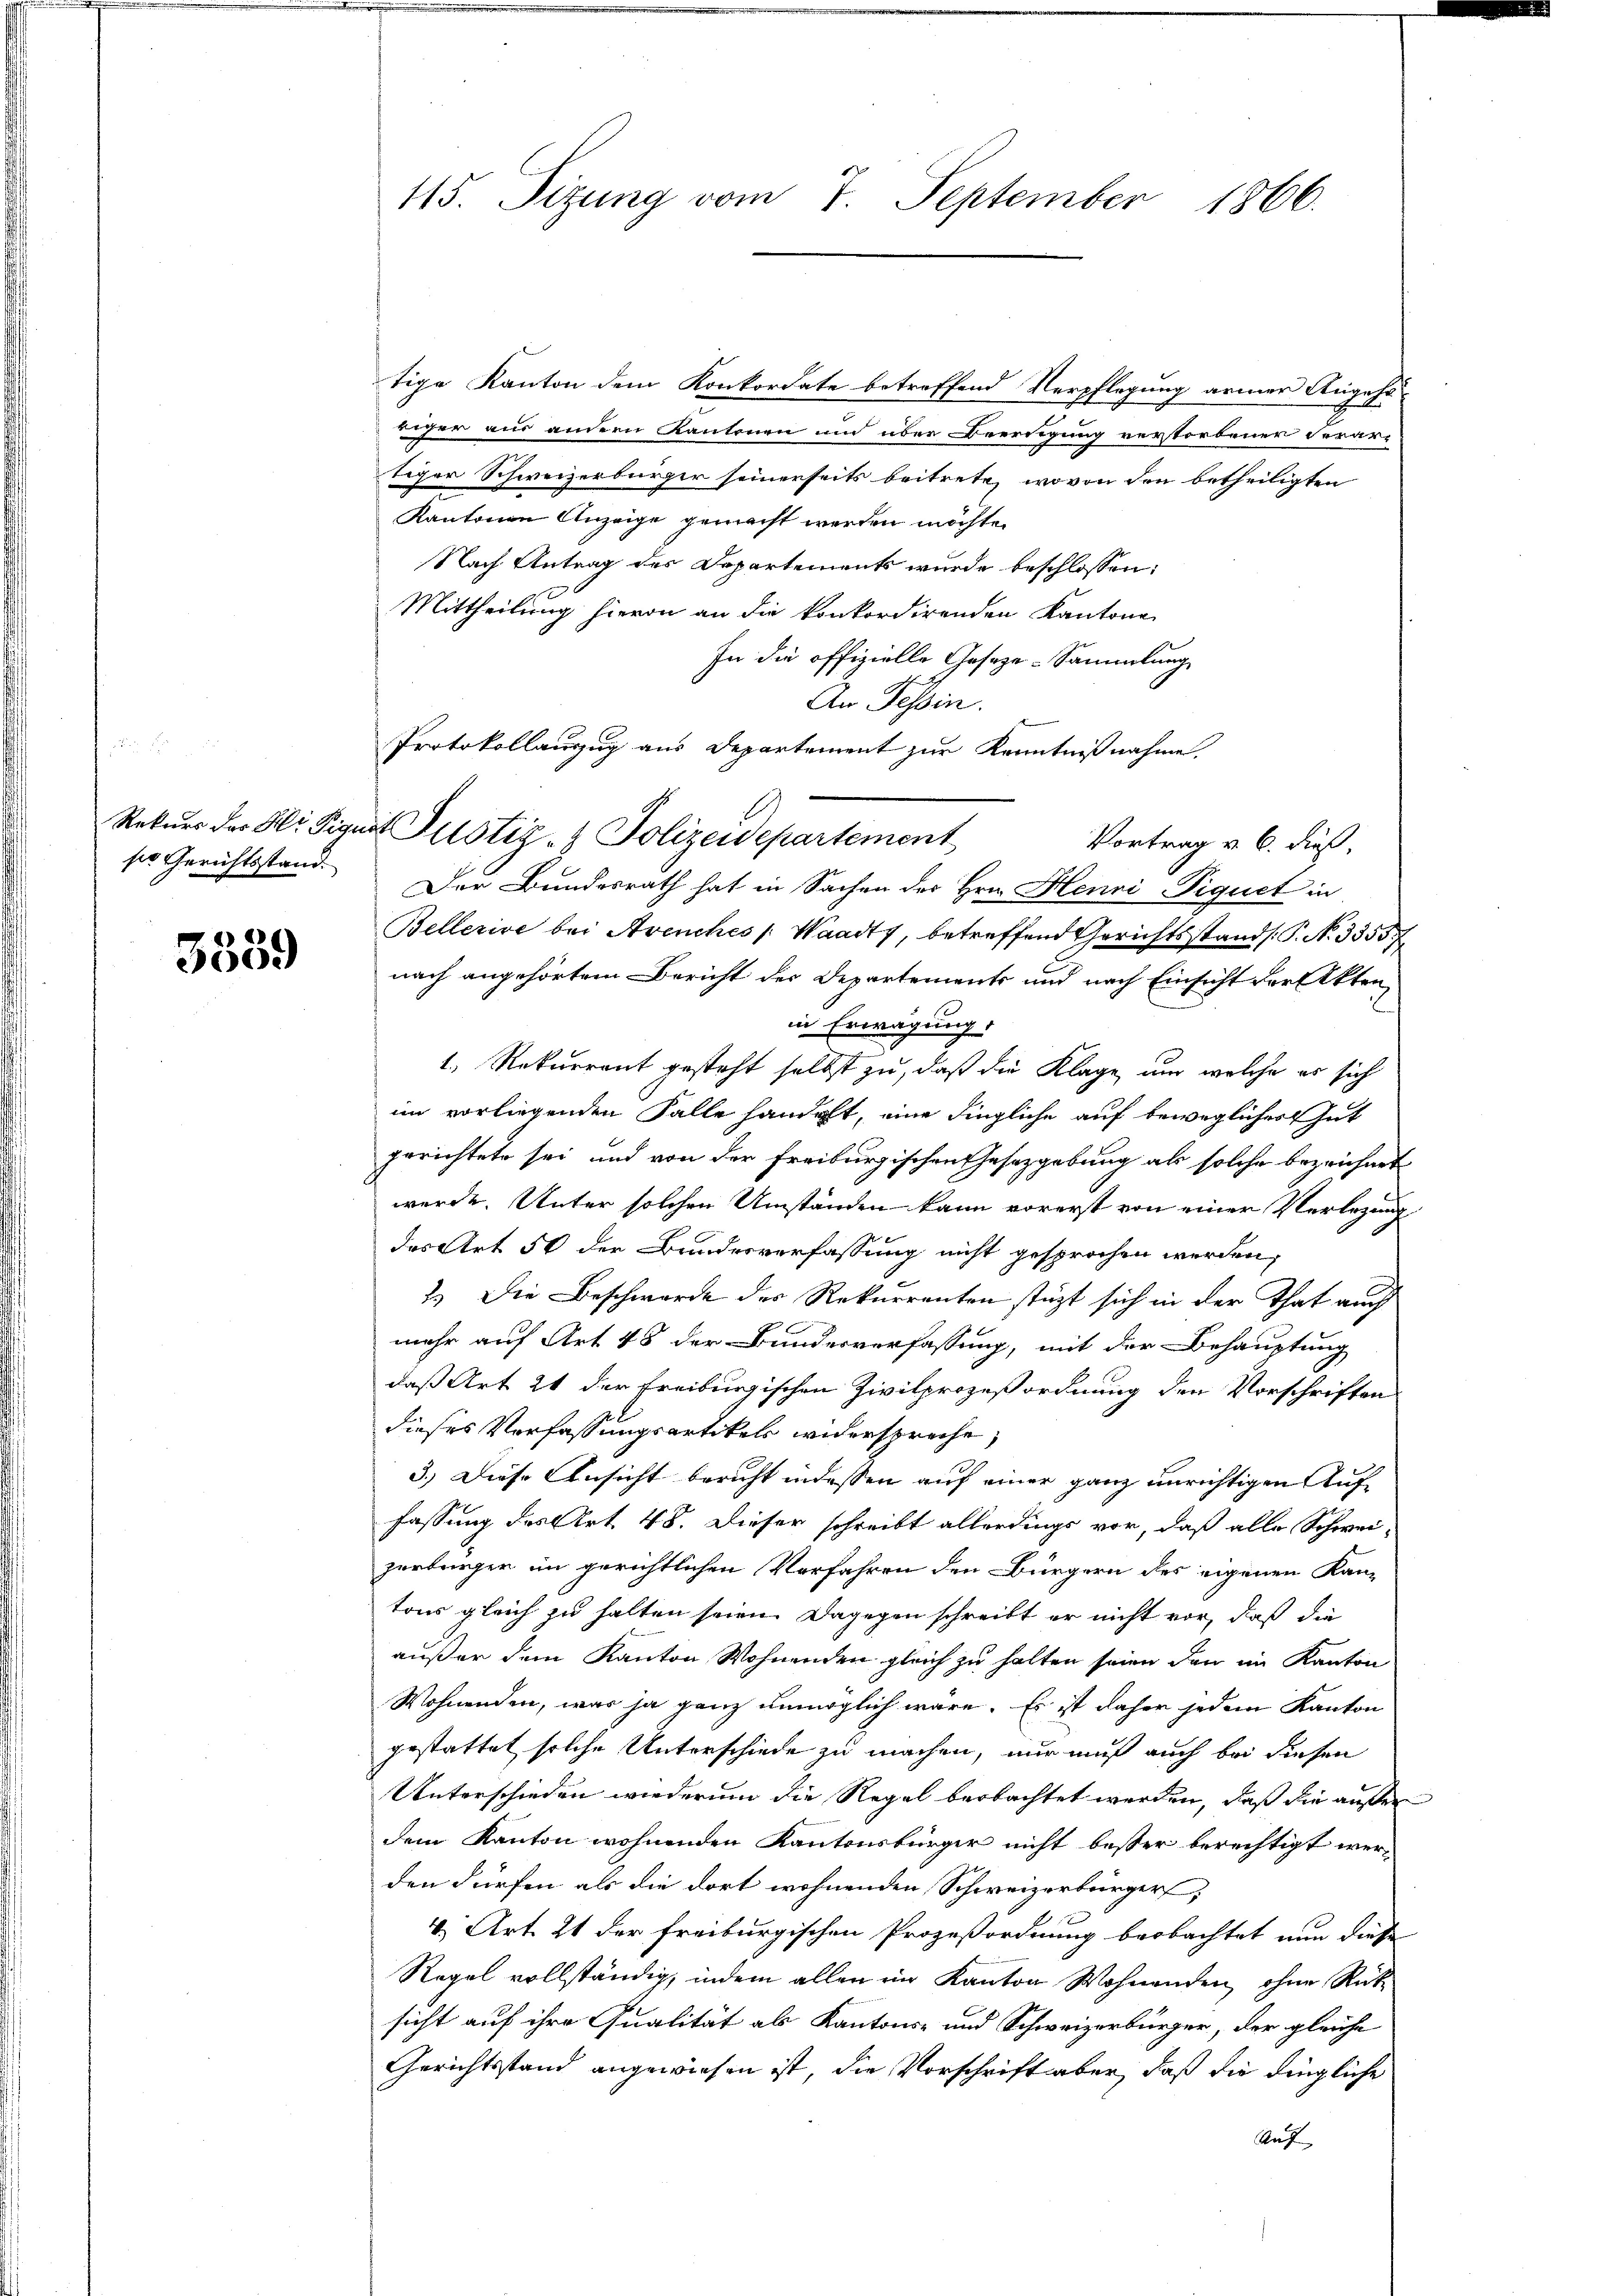
Rekurs der Hr. Figu
ser Gerichtsstand.

3539

115. Sizung vom 7. September 1866.

tige Kanton dem Konkordate betreffend Verpflegung armer Angehöaher aus andern Kantonen und über Beerdigung verstorbener Verar-
tiger Schweizerbürger seinerseits beitrete, wovon den betheiligten
Kantonen Anzeige gemacht werden möchte.
Nach Antrag des Departements wurde beschlossen:
Mittheilung hievon an die konkordirenden Kantone
In die offizielle Geseze-Sammlung,
An Tessin.
Protokollauzug aus Departement zur Kenntnißnahme.
is Justiz- & Polizeidepartement
Vortrag v. 6. dieß,
Der Bundesrath hat in Sachen der Hrn. Henri-Piquet in
Bellerive bei Avenches Waadt, betreffend Gerichtsstands P. N. 3355. 7
nach angehörtem Bericht der Departements und nach Einsicht der Akten
in Erwägung:
1., Rekurrent gesteht selbst zu, daß die Klage, um welche es sich
im vorliegenden Falle handelt, eine dingliche auf bewegliches Gut
gerichtete sei und von der Freiburgischen Gesetzgebung als solche bezeichnet
werde. Unter solchen Umständen kann vorerst von einer Verlegung
des Art 50 der Bundesverfassung nicht gesprochen werden,
2.) Die Beschwerde des Rekurrenten stützt sich in der That auch
mehr auf Art 48 der Bundesverfassung, mit der Behauptung
daß Art 24 der Freiburgischen Zivilprozeßordnung den Vorschriften
dieses Verfassungsartikels widersproche,
3.) Diese Ansicht bericht indessen auf einer ganz unrichtigen Auffassung des Art. 48. Dieser schreibt allerdings vor, daß alle Schwei-
zerbürger im gerichtlichen Verfahren den Bürgern des eigenen Kan-
tons gleich zu halten seien. Dagegen schreibt er nicht vor, daß die
außer dem Kanton Wohnenden gleich zu halten seien den im Kanton
Wohnenden, was ja ganz unmöglich wäre. Es ist daher jedem Kanton
gestattet solche Unterschiede zu machen, nur muß auch bei diesen
Unterschieden wiederum die Regel beobachtet werden, daß die aufter
dem Kanton wohnenden Kantonsbürger nicht besser berechtigt werden dürfen als die dort wohnenden Schweizerbürger,
4) Art. 21 der freiburgischen Prozeßordnung beobachtet nun diese
Regel vollständig, indem allen ein Kanton Wohnenden, ohne Rüksicht auf ihre Qualität als Kantons- und Schweizerbürger, der gleiche
Gerichtsstand angewiesen ist, die Vorschrift aber, daß die dingliche
Auf